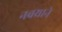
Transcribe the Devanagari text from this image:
नवय्राने